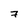
Character: 7